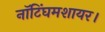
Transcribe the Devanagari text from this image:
नॉटिंघमशायर।